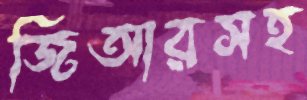
জিআরসহ